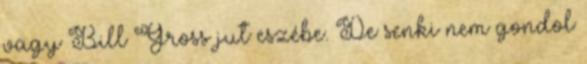
vagy Bill Gross jut eszébe. De senki nem gondol